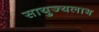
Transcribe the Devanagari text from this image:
सायुज्यलाभ